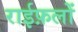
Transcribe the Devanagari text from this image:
राईफ़लों